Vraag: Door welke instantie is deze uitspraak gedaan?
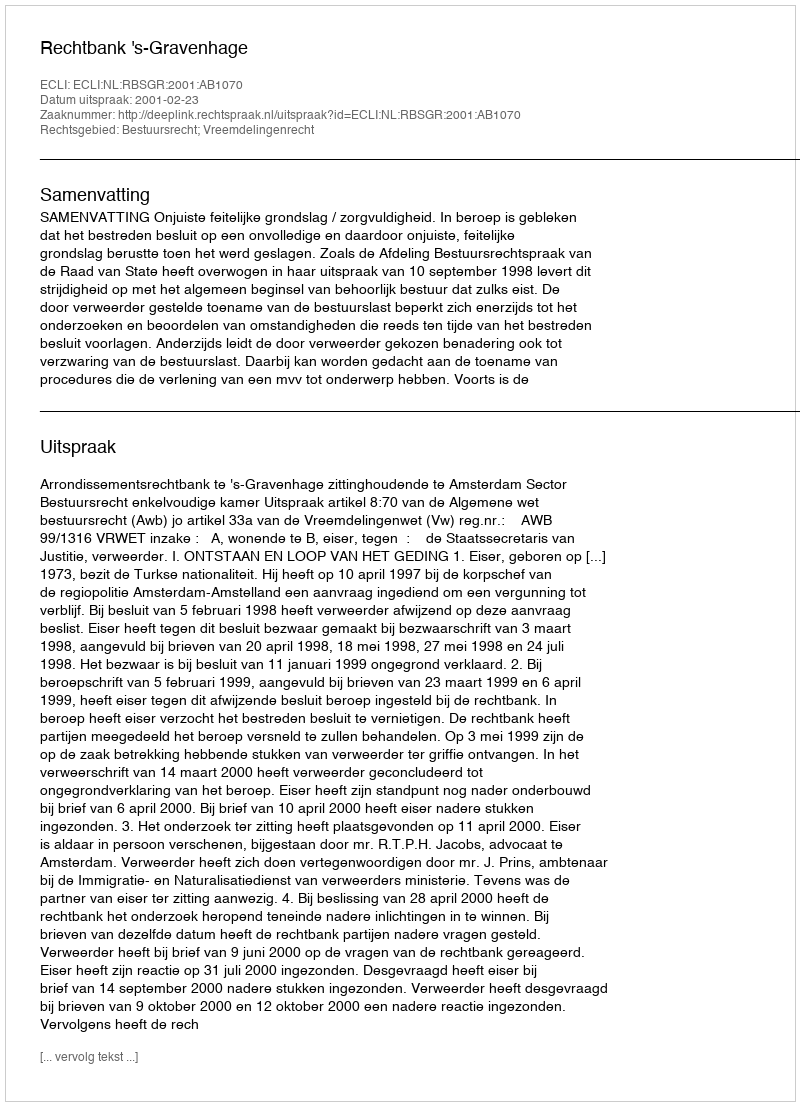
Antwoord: Rechtbank 's-Gravenhage